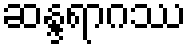
ဆန္ဒရာဂဿ